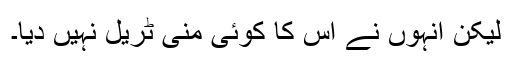
لیکن انہوں نے اس کا کوئی منی ٹریل نہیں دیا۔